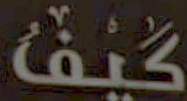
كَيْفَ